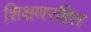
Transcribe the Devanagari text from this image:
शिक्षणरहित